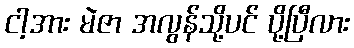
ငါ့အား မဲဇာ အလွန်သို့ပင် ပို့ပြီလား